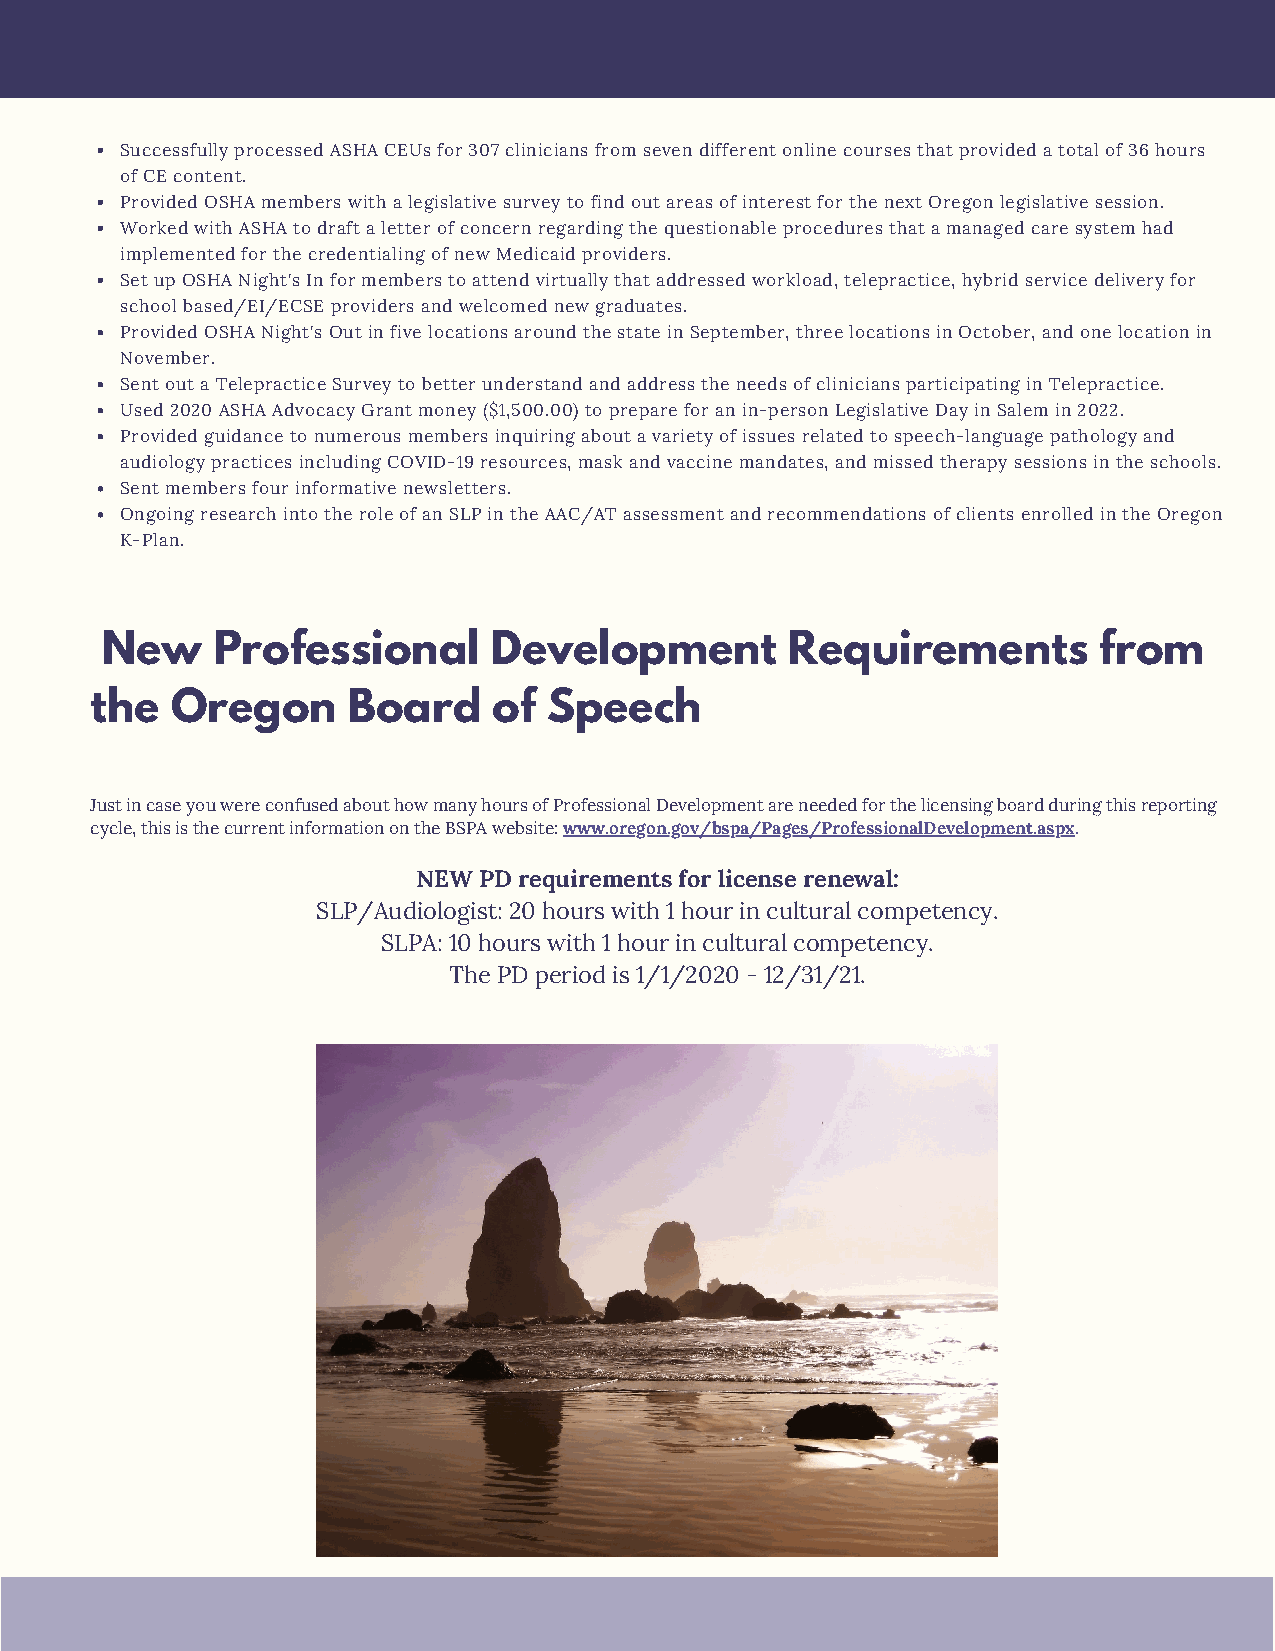
Successfully processed ASHA CEUs for 307 clinicians from seven different online courses that provided a total of 36 hours
 of CE content.
 Provided OSHA members with a legislative survey to find out areas of interest for the next Oregon legislative session.
 Worked with ASHA to draft a letter of concern regarding the questionable procedures that a managed care system had
 implemented for the credentialing of new Medicaid providers.
 Set up OSHA Night's In for members to attend virtually that addressed workload, telepractice, hybrid service delivery for
 school based/EI/ECSE providers and welcomed new graduates.
 Provided OSHA Night's Out in five locations around the state in September, three locations in October, and one location in
 November.
 Sent out a Telepractice Survey to better understand and address the needs of clinicians participating in Telepractice.
 Used 2020 ASHA Advocacy Grant money ($1,500.00) to prepare for an in-person Legislative Day in Salem in 2022.
 Provided guidance to numerous members inquiring about a variety of issues related to speech-language pathology and
 audiology practices including COVID-19 resources, mask and vaccine mandates, and missed therapy sessions in the schools.
 Sent members four informative newsletters.
 Ongoing research into the role of an SLP in the AAC/AT assessment and recommendations of clients enrolled in the Oregon
 K-Plan.
 New    Professional       Development        Requirements         from
 the  Oregon      Board     of Speech
 Just in case you were confused about how many hours of Professional Development are needed for the licensing board during this reporting
 cycle, this is the current information on the BSPA website: www.oregon.gov/bspa/Pages/ProfessionalDevelopment.aspx.
 NEW PD requirements for license renewal:
 SLP/Audiologist: 20 hours with 1 hour in cultural competency.
 SLPA: 10 hours with 1 hour in cultural competency.
 The PD period is 1/1/2020 - 12/31/21.